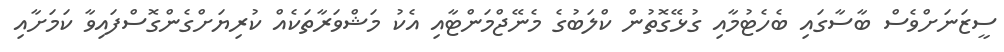
ސީޒަނަށްވެސް ބާސާގައި ބެހެޓުމާއި ގުޅޭގޮތުން ކްލަބުގެ މެނޭޖްމަންޓާއި އެކު މަޝްވަރާތަކެއް ކުރިޔަށްގެންގޮސްފައިވާ ކަމަށާއި